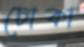
ঢোকা